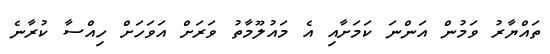
ތައްޔާރު ވަމުން އަންނަ ކަމަށާއި އެ މައުލޫމާތު ވަރަށް އަވަހަށް ހިއްސާ ކުރާނެ